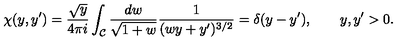
\chi ( y , y ^ { \prime } ) = \frac { \sqrt { y } } { 4 \pi i } \int _ { \cal C } \frac { d w } { \sqrt { 1 + w } } \frac { 1 } { ( w y + y ^ { \prime } ) ^ { 3 / 2 } } = \delta ( y - y ^ { \prime } ) , \qquad y , y ^ { \prime } > 0 .